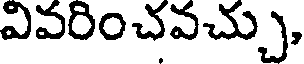
వివరించవచ్చు,